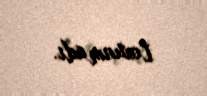
toxunmadı.